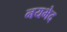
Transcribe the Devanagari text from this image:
नयभेद